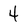
Character: 4